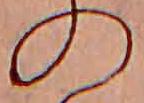
の